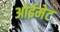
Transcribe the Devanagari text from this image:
ओईमेट